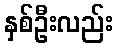
နှစ်ဦးလည်း